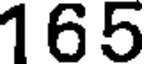
165